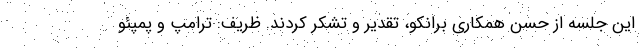
این جلسه از حسن همکاری برانکو، تقدیر و تشکر کردند. ظریف: ترامپ و پمپئو